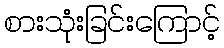
စားသုံးခြင်းကြောင့်